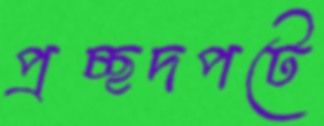
প্রচ্ছদপটে